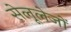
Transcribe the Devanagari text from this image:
सेलूलेजों